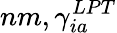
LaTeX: nm,\gamma_{ia}^{LPT}